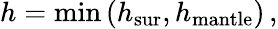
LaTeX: h=\mathrm{min}\left(h_{\mathrm{sur}},h_{\mathrm{mantle}}\right)\, ,